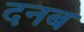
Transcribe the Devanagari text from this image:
दनब